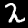
Label: 2